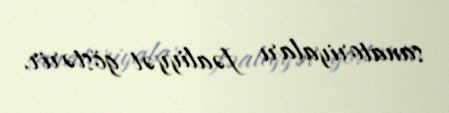
sanatoriyaları fəaliyyət göstərir.